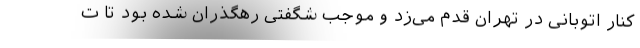
کنار اتوبانی در تهران قدم می‌زد و موجب شگفتی رهگذران شده بود تا ت